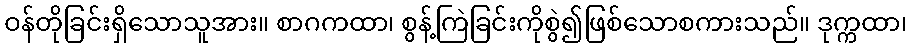
ဝန်တိုခြင်းရှိသောသူအား။ စာဂကထာ၊ စွန့်ကြဲခြင်းကိုစွဲ၍ဖြစ်သောစကားသည်။ ဒုက္ကထာ၊